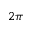
2 \pi